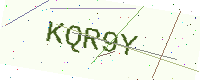
Text: KQR9Y